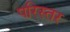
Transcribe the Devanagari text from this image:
परिस्तर